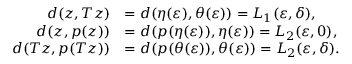
\begin{array} { r l } { d ( z , T z ) } & { = d ( \eta ( \varepsilon ) , \theta ( \varepsilon ) ) = L _ { 1 } ( \varepsilon , \delta ) , } \\ { d ( z , p ( z ) ) } & { = d ( p ( \eta ( \varepsilon ) ) , \eta ( \varepsilon ) ) = L _ { 2 } ( \varepsilon , 0 ) , } \\ { d ( T z , p ( T z ) ) } & { = d ( p ( \theta ( \varepsilon ) ) , \theta ( \varepsilon ) ) = L _ { 2 } ( \varepsilon , \delta ) . } \end{array}